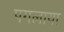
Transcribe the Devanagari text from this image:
पगलाया